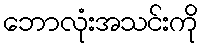
ဘောလုံးအသင်းကို